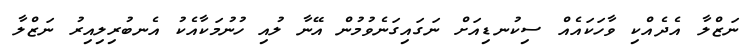
ނަޒްލާ އެދެއްކި ވާހަކައެއް ސިކުނޑިއަށް ނަގައިގަނެވުމުން އޭނާ ލުއި ހުނުމަކާއެކު އެނބުރިލިއިރު ނަޒްލާ